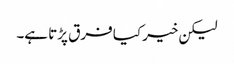
لیکن خیر کیا فرق پڑتا ہے۔